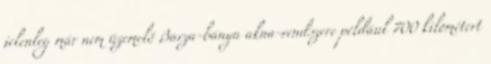
jelenleg már nem üzemelő Barza-bánya akna-rendszere például 700 kilométert